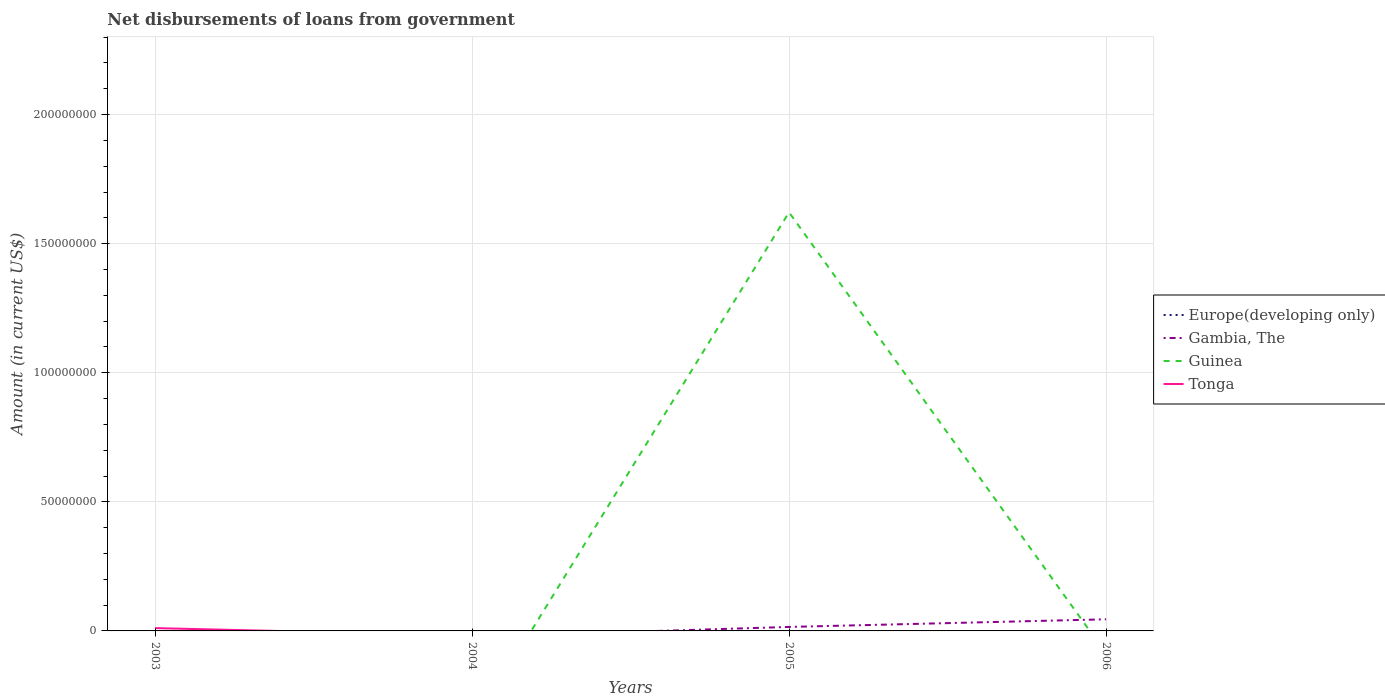
| Years | Europe(developing only) | Gambia, The | Guinea | Tonga |
 | --- | --- | --- | --- | --- |
 | 2003 | -1.2e+09 | -1.76e+06 | -2.98e+07 | 1.09e+06 |
 | 2004 | -7.06e+08 | -2.2e+06 | -3.72e+07 | -1.77e+06 |
 | 2005 | -9.78e+08 | 1.54e+06 | 1.62e+08 | -1.08e+06 |
 | 2006 | -6.55e+08 | 4.5e+06 | -8.76e+06 | -1.2e+06 |